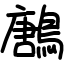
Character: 鶶